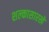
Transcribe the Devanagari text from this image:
शल्कासारखे